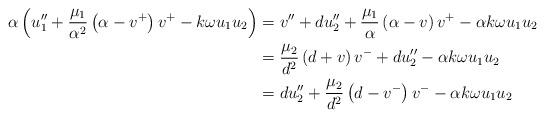
LaTeX: \begin{align*} \alpha\left(u_1''+\frac{\mu_1}{\alpha^2} \left(\alpha - v^+\right)v^+ - k \omega u_1 u_2\right) & = v''+d u_2''+\frac{\mu_1}{\alpha} \left(\alpha - v\right)v^+ - \alpha k \omega u_1 u_2 \\ & = \frac{\mu_2}{d^2} \left(d + v \right) v^- +d u_2'' -\alpha k \omega u_1 u_2 \\ & = d u_2''+\frac{\mu_2}{d^2} \left(d - v^- \right) v^- -\alpha k \omega u_1 u_2\end{align*}